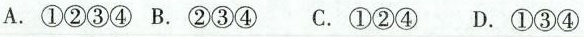
A.①②③④ B.②③④ C.①②④ D.①③④